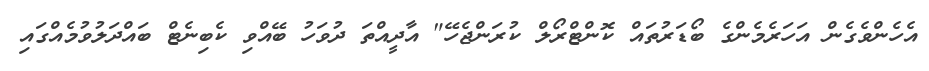
އެހެންވެގެން އަހަރެމެންގެ ބޯޑަރުތައް ކޮންޓްރޯލް ކުރަންޖެހޭ" އާދީއްތަ ދުވަހު ބޭއްވި ކެބިނެޓް ބައްދަލުވުމެއްގައި